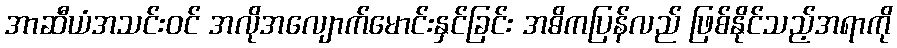
အာဆီယံအသင်းဝင် အလိုအလျောက်မောင်းနှင်ခြင်း အဓိကပြန်လည် ဖြစ်နိုင်သည့်အရာကို